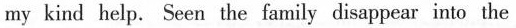
my kind help. Seen the family disappear into the